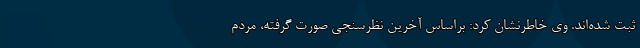
ثبت شده‌اند. وی خاطرنشان کرد: براساس آخرین نظرسنجی صورت گرفته، مردم